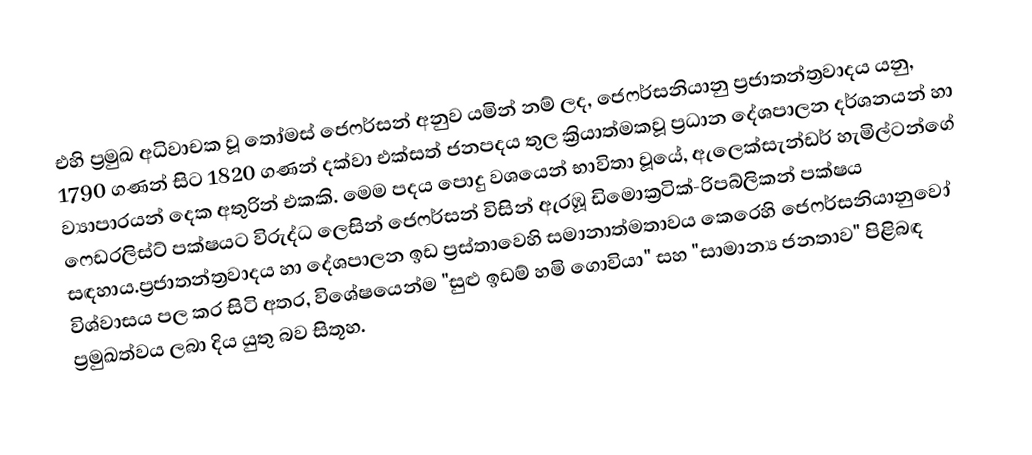
එහි ප්‍රමුඛ අධිවාචක වූ  තෝමස් ජෙෆර්සන් අනුව යමින් නම් ලද, ජෙෆර්සනියානු ප්‍රජාතන්ත්‍රවාදය යනු, 1790 ගණන් සිට 1820 ගණන් දක්වා එක්සත් ජනපදය තුල ක්‍රියාත්මකවූ ප්‍රධාන දේශපාලන දර්ශනයන් හා ව්‍යාපාරයන් දෙක අතුරින් එකකි. මෙම පදය පොදු වශයෙන් භාවිතා වූයේ,  ඇලෙක්සැන්ඩර් හැමිල්ටන්ගේ  ෆෙඩරලිස්ට් පක්ෂයට විරුද්ධ ලෙසින් ජෙෆර්සන් විසින් ඇරඹූ  ඩිමොක්‍රටික්-රිපබ්ලිකන් පක්ෂය සඳහාය.ප්‍රජාතන්ත්‍රවාදය හා දේශපාලන ඉඩ ප්‍රස්තාවෙහි සමානාත්මතාවය කෙරෙහි ජෙෆර්සනියානුවෝ  විශ්වාසය පල කර සිටි අතර, විශේෂයෙන්ම  "සුළු ඉඩම් හමි ගොවියා" සහ "සාමාන්‍ය ජනතාව" පිළිබඳ ප්‍රමුඛත්වය ලබා දිය යුතු බව සිතූහ.